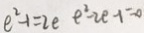
e ^ { 2 } - 1 = 2 e e ^ { 2 } - 2 e - 1 = 0